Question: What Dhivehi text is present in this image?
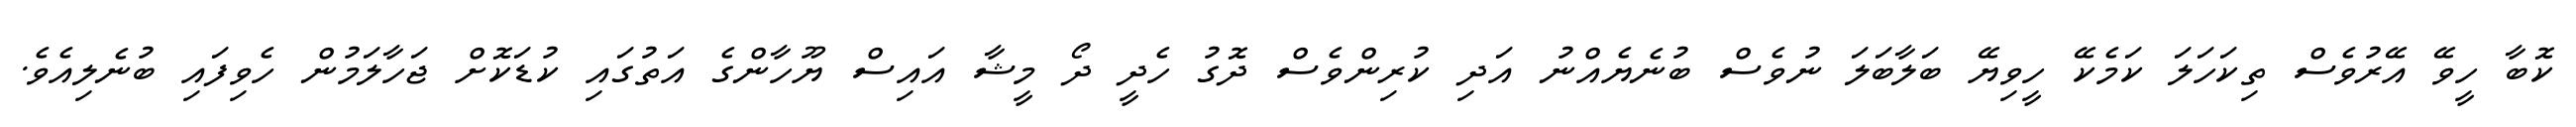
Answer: ކޮބާ ހީވޭ އޭރުވެސް ތިކަހަލަ ކަމެކޭ ހީވިޔޭ ބަލާބަލަ ނުވެސް ބުނެޔެއްނު އަދި ކުރިންވެސް ދޮގު ހެދީ ދޯ މީޝާ އައިސް ޔޫހާންގެ އަތުގައި ކުޑަކޮށް ޖަހާލަމުން ހެވިފައި ބުނެލިއެވެ.